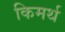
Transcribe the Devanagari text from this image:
किमर्थ